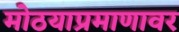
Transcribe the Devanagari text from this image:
मोठयाप्रमाणावर